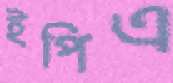
ইপিএ